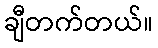
ချီတက်တယ်။